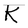
Character: K